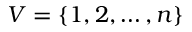
V = \{ 1 , 2 , \dots , n \}